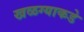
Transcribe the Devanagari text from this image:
खळग्याकडे